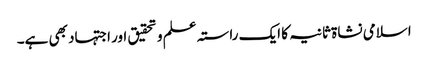
اسلامی نشاۃ ثانیہ کا ایک راستہ علم و تحقیق اور اجتہاد بھی ہے۔